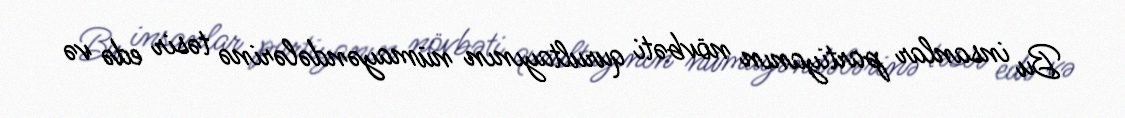
Bu insanlar partiyanın növbəti qurultayının nümayəndələrinə təsir edə və